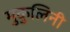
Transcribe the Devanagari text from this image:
मुकुलिनी